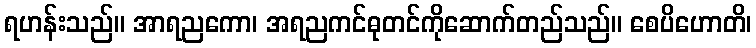
ရဟန်းသည်။ အာရညကော၊ အရညကင်ဓုတင်ကိုဆောက်တည်သည်။ စေပိဟောတိ၊